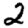
Digit: 2